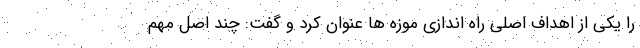
را یکی از اهداف اصلی راه اندازی موزه ها عنوان کرد و گفت: چند اصل مهم